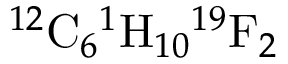
{ } ^ { 1 2 } \mathrm { C } _ { 6 } { } ^ { 1 } \mathrm { H } _ { 1 0 } { } ^ { 1 9 } \mathrm { F } _ { 2 }